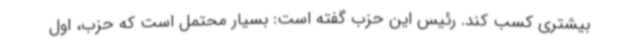
بیشتری کسب کند. رئیس این حزب گفته است: بسیار محتمل است که حزب، اول